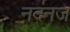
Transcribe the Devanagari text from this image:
नदंनज